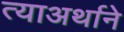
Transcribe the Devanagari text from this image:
त्याअर्थाने